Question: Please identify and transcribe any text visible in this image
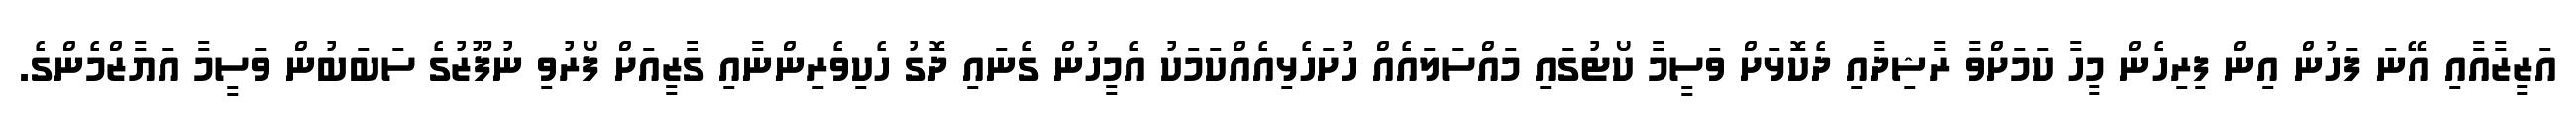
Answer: އަޒީޒާއާއި އޭނަ ފަހުން އިން ފިރިހެން މީހާ ކަމަށްވާ ރާޝިދާއި ދެކޮޅަށް ވަސީމާ ކޯޓުގައި މައްސަލައެއް ހުށަހެޅިއެއްކަމަކު އެމީހުން ގެނައި ދޮގު ހެކިވެރިންނާއި ގާޒީއަށް ފޯރުވި ނުފޫޒުގެ ސަބަބުން ވަސީމާ އަޔާޒްމެންގެ.